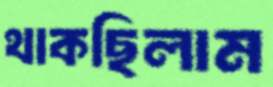
থাকছিলাম